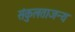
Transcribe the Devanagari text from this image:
संकुलताजन्य